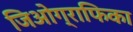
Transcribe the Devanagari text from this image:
जिओग्राफिका